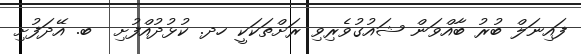
ފައިނަލް ބުރު ބާއްވަން ޝައުގުވެރިވި ރަށްތަކަކީ ހދ. ކުޅުދުއްފުށި  ބ. އޭދަފުށި